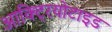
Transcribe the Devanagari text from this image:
आक्ट्रियोटाइड